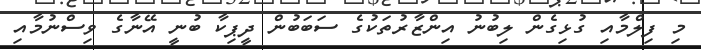
މި ފިލްމާއި ގުޅިގެން ލިބުނު އިންޒާރުތަކުގެ ސަބަބުން ދީޕިކާ ބުނީ އޭނާގެ ވިސްނުމާއި